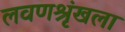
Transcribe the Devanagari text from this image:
लवणश्रृंखला